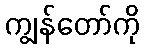
ကျွန်တော်ကို